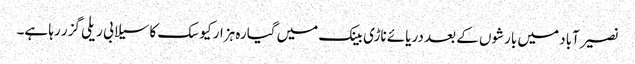
نصیرآباد میں بارشوں کے بعد دریائے ناڑی بینک میں گیارہ ہزار کیوسک کا سیلابی ریلی گزر رہا ہے۔